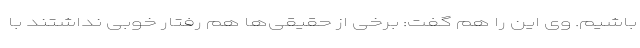
باشیم. وی این را هم گفت: برخی از حقیقی‌ها هم رفتار خوبی نداشتند با